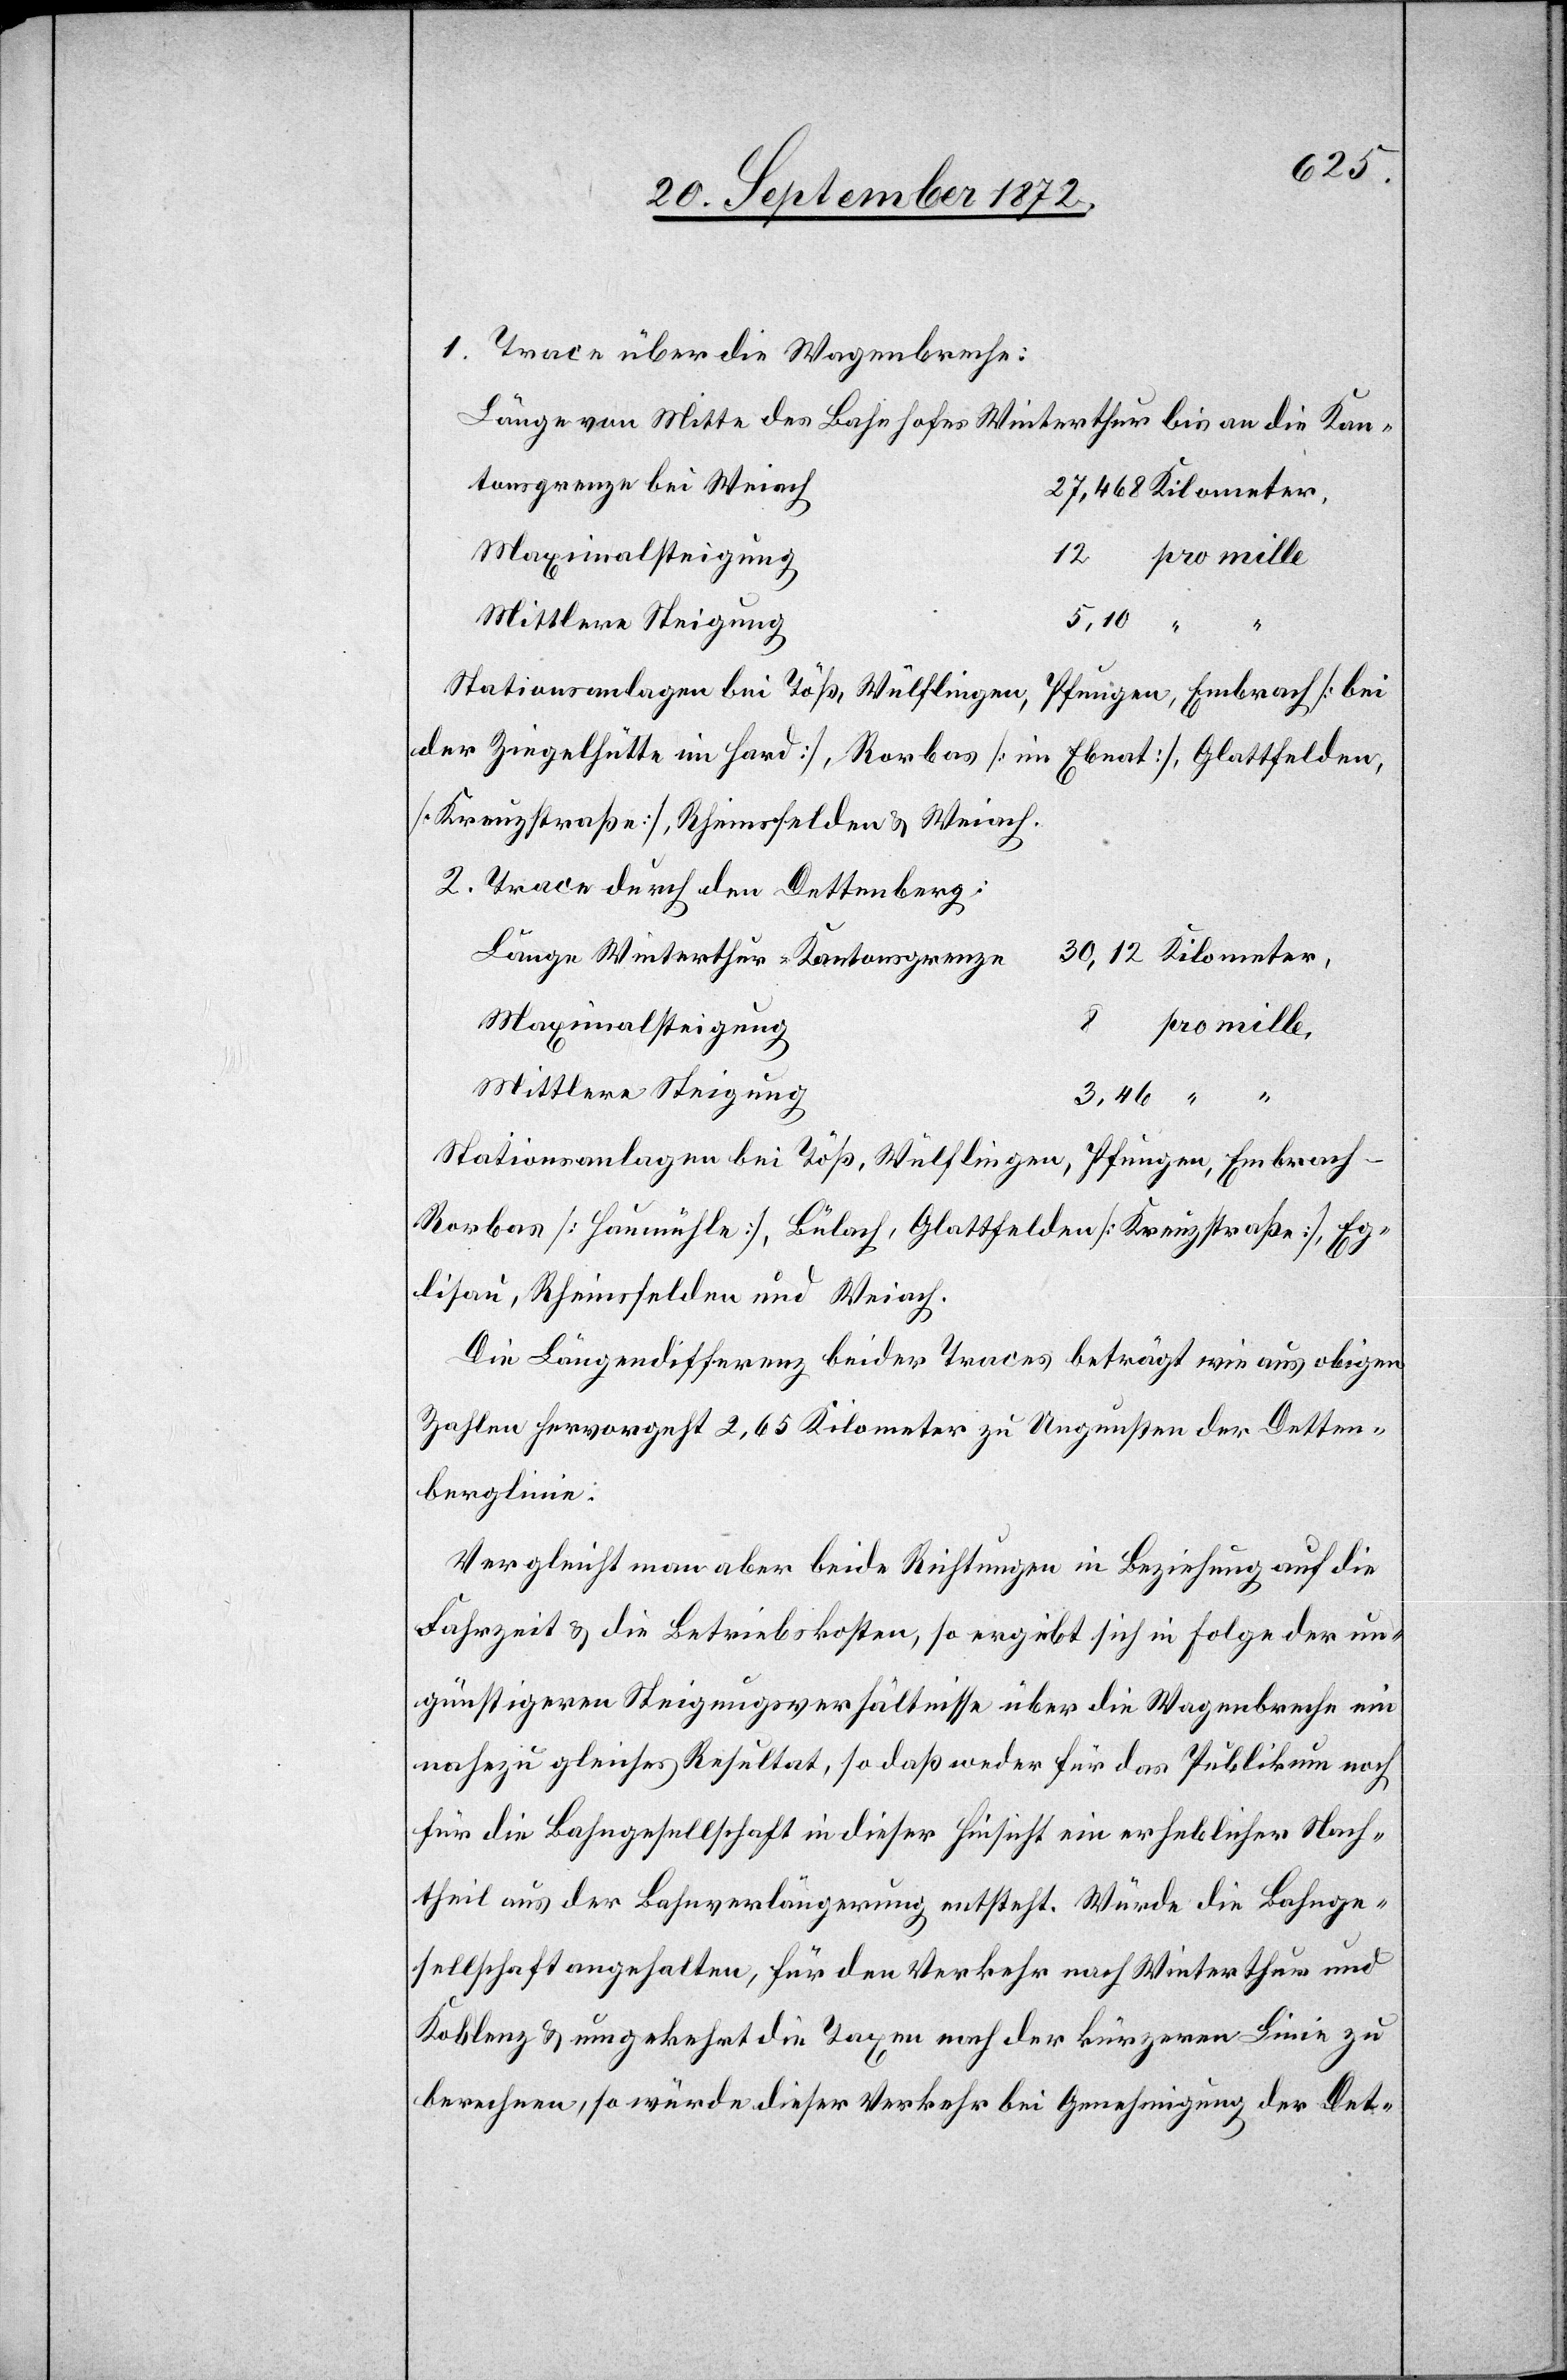
1. Trace über die Wagenbreche:
Länge von Mitte des Bahnhofes Winterthur bis an die Kan¬
tonsgrenze bei Weiach
27,468 Kilometer,
Maximalsteigung
8 pro mille
Mittlere Steigung
Stationsanlagen bei Töß, Wülflingen, Pfungen, Embrach [bei
der Ziegelhütte im Hard], Rorbas [im Ebnat], Glattfelden,
[Kreuzstraße], Rheinsfelden u. Weiach.
2. Trace durch den Dettenberg:
Länge Winterthur–Kantonsgrenze
30,12 Kilometer,
Maximalsteigung
Stationsanlagen bei Töß, Wülflingen, Pfungen, Embrac¬
h-Rorbas [Haumühle], Bülach, Glattfelden [Kreuzstraße], Eg¬
lisau, Rheinsfelden und Weiach.
Die Längendifferenz beider Traces beträgt wie aus obigen
Zahlen hervorgeht 2,65 Kilometer zu Ungunsten der Detten¬
berglinie.
Vergleicht man aber beide Richtungen in Beziehung auf die
Fahrzeit u. die Betriebskosten, so ergiebt sich in Folge der un¬
günstigeren Steigungsverhältnisse über die Wagenbreche ein
nahezu gleiches Resultate, so daß weder für das Publikum noch
für die Bahngesellschaft in diese Hinsicht ein erheblicher Nach¬
theil aus der Bahnverlängerung entsteht. Würde die Bahnge¬
sellschaft angehalten, für den Verkehr nach Winterthur und
Koblenz u. umgekehrt die Taxen nach der kürzeren Linie zu
berechnen, so würde dieser Verkehr bei Genehmigung der Det-